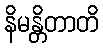
နိမန္တိတာတိ